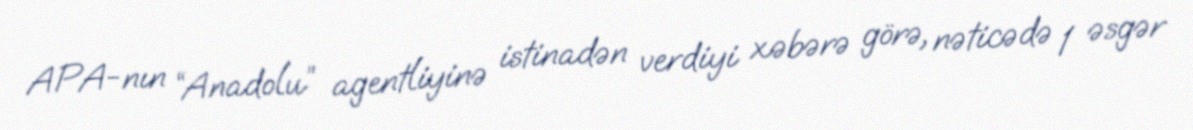
APA-nın “Anadolu” agentliyinə istinadən verdiyi xəbərə görə, nəticədə 1 əsgər